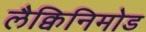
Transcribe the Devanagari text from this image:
लैक्विनिमोड